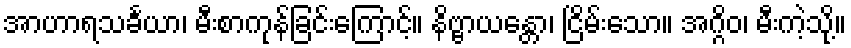
အာဟာရသင်္ခယာ၊ မီးစာကုန်ခြင်းကြောင့်။ နိဗ္ဗာယန္တော၊ ငြိမ်းသော။ အဂ္ဂိဝ၊ မီးကဲ့သို့။